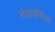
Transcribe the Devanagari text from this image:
लेप्रोसैरियम